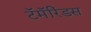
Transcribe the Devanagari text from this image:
टॅमॅरिंडस